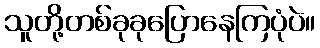
သူတို့တစ်ခုခုပြောနေကြပုံပဲ။